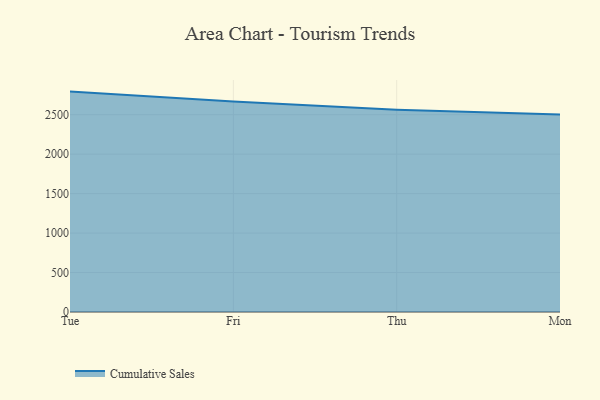
{"axis": {"x": "Day", "y": "Active Users"}, "legend": ["Cumulative Sales"], "data": [{"x": "Tue", "y": 2792.6, "type": "Cumulative Sales"}, {"x": "Fri", "y": 2668.1, "type": "Cumulative Sales"}, {"x": "Thu", "y": 2563.6, "type": "Cumulative Sales"}, {"x": "Mon", "y": 2502.9, "type": "Cumulative Sales"}]}